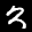
Label: 3